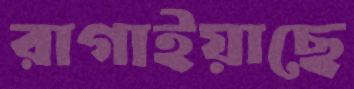
রাগাইয়াছে